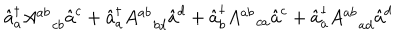
LaTeX: \hat { a } _ { a } ^ { \dagger } A _ { c b } ^ { a b } \hat { a } ^ { c } + \hat { a } _ { a } ^ { \dagger } A _ { b d } ^ { a b } \hat { a } ^ { d } + \hat { a } _ { b } ^ { \dagger } A _ { c a } ^ { a b } \hat { a } ^ { c } + \hat { a } _ { a } ^ { \dagger } A _ { a d } ^ { a b } \hat { a } ^ { d }